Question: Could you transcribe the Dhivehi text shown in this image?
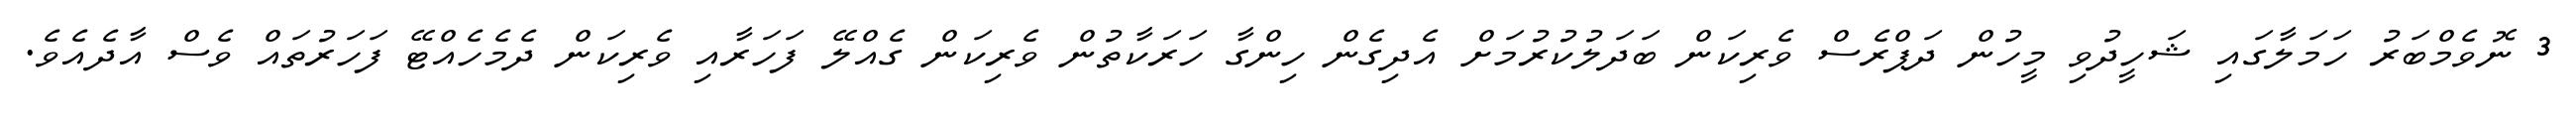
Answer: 3 ނޮވެމްބަރު ހަމަލާގައި ޝަހީދުވި މީހުން ދަޕްރެސް ވެރިކަން ބަދަލުކުރުމަށް އެދިގެން ހިންގާ ހަރަކާތުން ވެރިކަން ގެއްލޭ ފަހަރާއި ވެރިކަން ދެމެހެއްޓޭ ފަހަރުތައް ވެސް އާދެއެވެ.